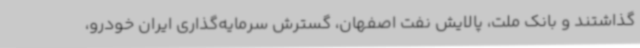
گذاشتند و بانک ملت، پالایش نفت اصفهان، گسترش سرمایه‌گذاری ایران خودرو،